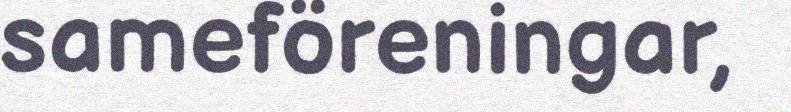
sameföreningar,